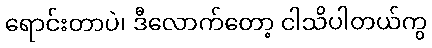
ရောင်းတာပဲ၊ ဒီလောက်တော့ ငါသိပါတယ်ကွ